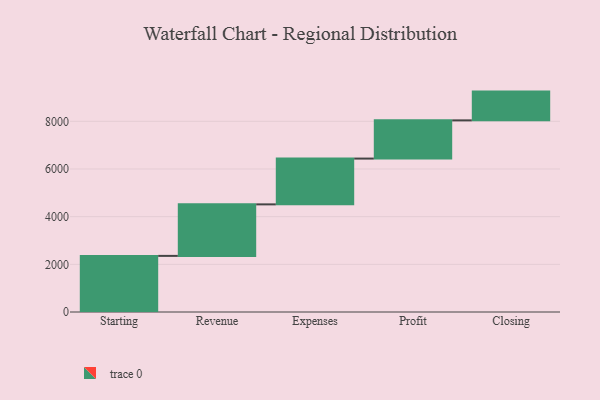
{"axis": {"x": "Step", "y": "Value"}, "legend": [""], "data": [{"x": "Starting", "y": 2354.0, "type": ""}, {"x": "Revenue", "y": 2161.0, "type": ""}, {"x": "Expenses", "y": 1921.0, "type": ""}, {"x": "Profit", "y": 1603.0, "type": ""}, {"x": "Closing", "y": 1207.0, "type": ""}]}